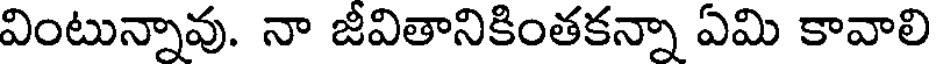
వింటున్నావు. నా జీవితానికింతకన్నా ఏమి కావాలి